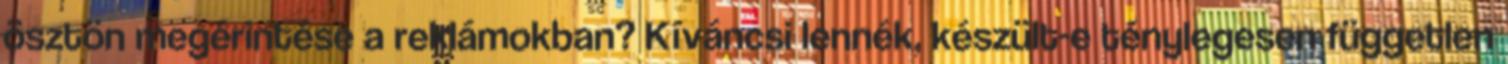
ösztön megérintése a reklámokban? Kíváncsi lennék, készült-e ténylegesen független